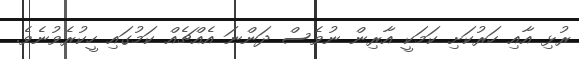
ރުޅި އާއި ހަރުކަށި ކަމަކީ އާރިން ނުވެސް ދަންނަ އެއްޗެއް ކަމުގައި ހީކުރެވުނެވެ.